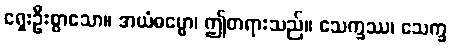
ရှေးဦးစွာသော။ အယံဓမ္မော၊ ဤတရားသည်။ သေက္ခဿ၊ သေက္ခ